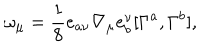
LaTeX: \omega _ { \mu } = \frac { 1 } { 8 } e _ { a \nu } \nabla _ { \mu } e _ { b } ^ { \nu } [ \Gamma ^ { a } , \Gamma ^ { b } ] ,